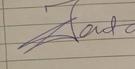
Signature authenticity: genuine